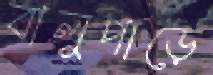
বালুপাড়ে